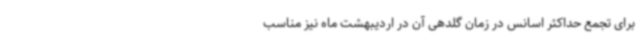
برای تجمع حداکثر اسانس در زمان گلدهی آن در اردیبهشت ماه نیز مناسب